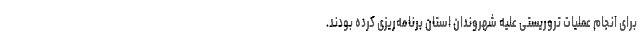
برای انجام عملیات تروریستی علیه شهروندان استان برنامه‌ریزی کرده بودند.